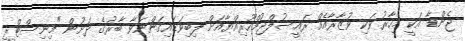
ޖެންޑާ އަކީ މިހާރު ވަކި ވުޒާރާއެއް ރައީސުލްޖުމްހޫރިއްޔާއަށް ލިބިވަޑައިގަންނަވާ ބާރުގެ ދަށުން "މިނިސްޓްރީ